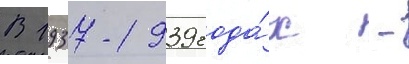
В 1937-1939 года́х -